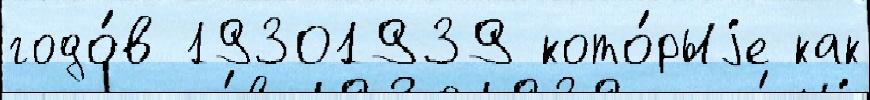
годо́в 19301939 кото́рыjе как